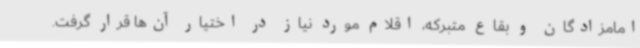
امامزادگان و بقاع متبرکه، اقلام مورد نیاز در اختیار آن‌ها قرار گرفت.